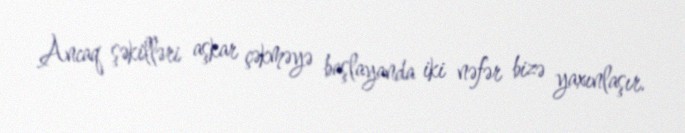
Ancaq şəkilləri aşkar çəkməyə başlayanda iki nəfər bizə yaxınlaşır.